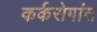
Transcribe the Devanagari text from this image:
कर्करोगांत